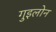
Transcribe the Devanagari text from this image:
गुइलोन